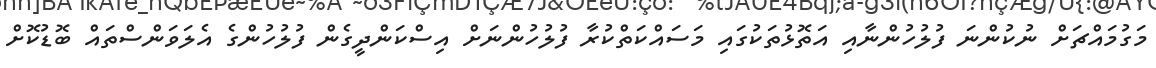
މަގުމައްޗަށް ނުކުންނަ ފުލުހުންނާއި އަތޮޅުތަކުގައި މަސައްކަތްކުރާ ފުލުހުންނަށް އިސްކަންދީގެން ފުލުހުންގެ އެލަވަންސްތައް ބޮޑުކޮށް